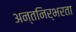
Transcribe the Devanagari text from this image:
अन्तनिर्भरता